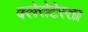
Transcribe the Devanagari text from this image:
क्लेरोटेस्ता